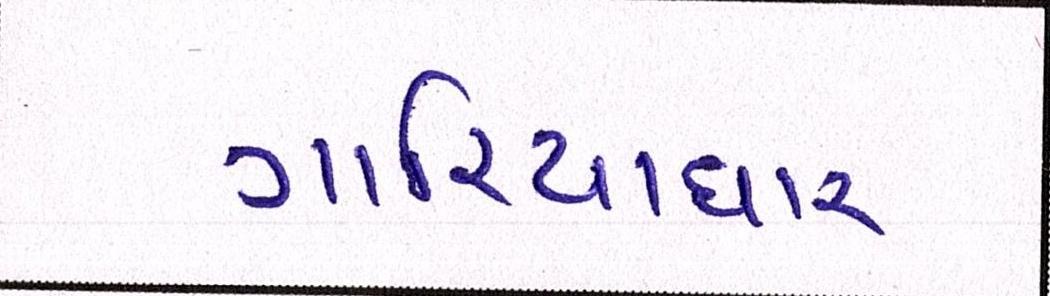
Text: ગારિયાધાર